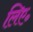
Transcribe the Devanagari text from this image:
लिए॰